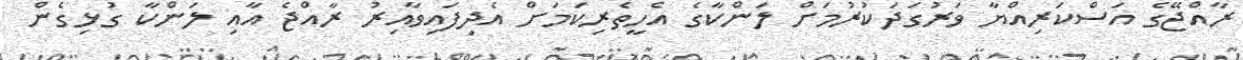
ރާއްޖޭގެ އަސްކަރިއްޔާ ވަރުގަދަކުރުމަށް ލަންކާގެ އެހީތެރިކަމަށް އެދިފައިވާއިރު ރާއްޖެ އާއި ލަންކާ ގުޅިގެން